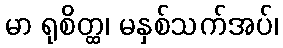
မာ ရုစိတ္ထ၊ မနှစ်သက်အပ်၊